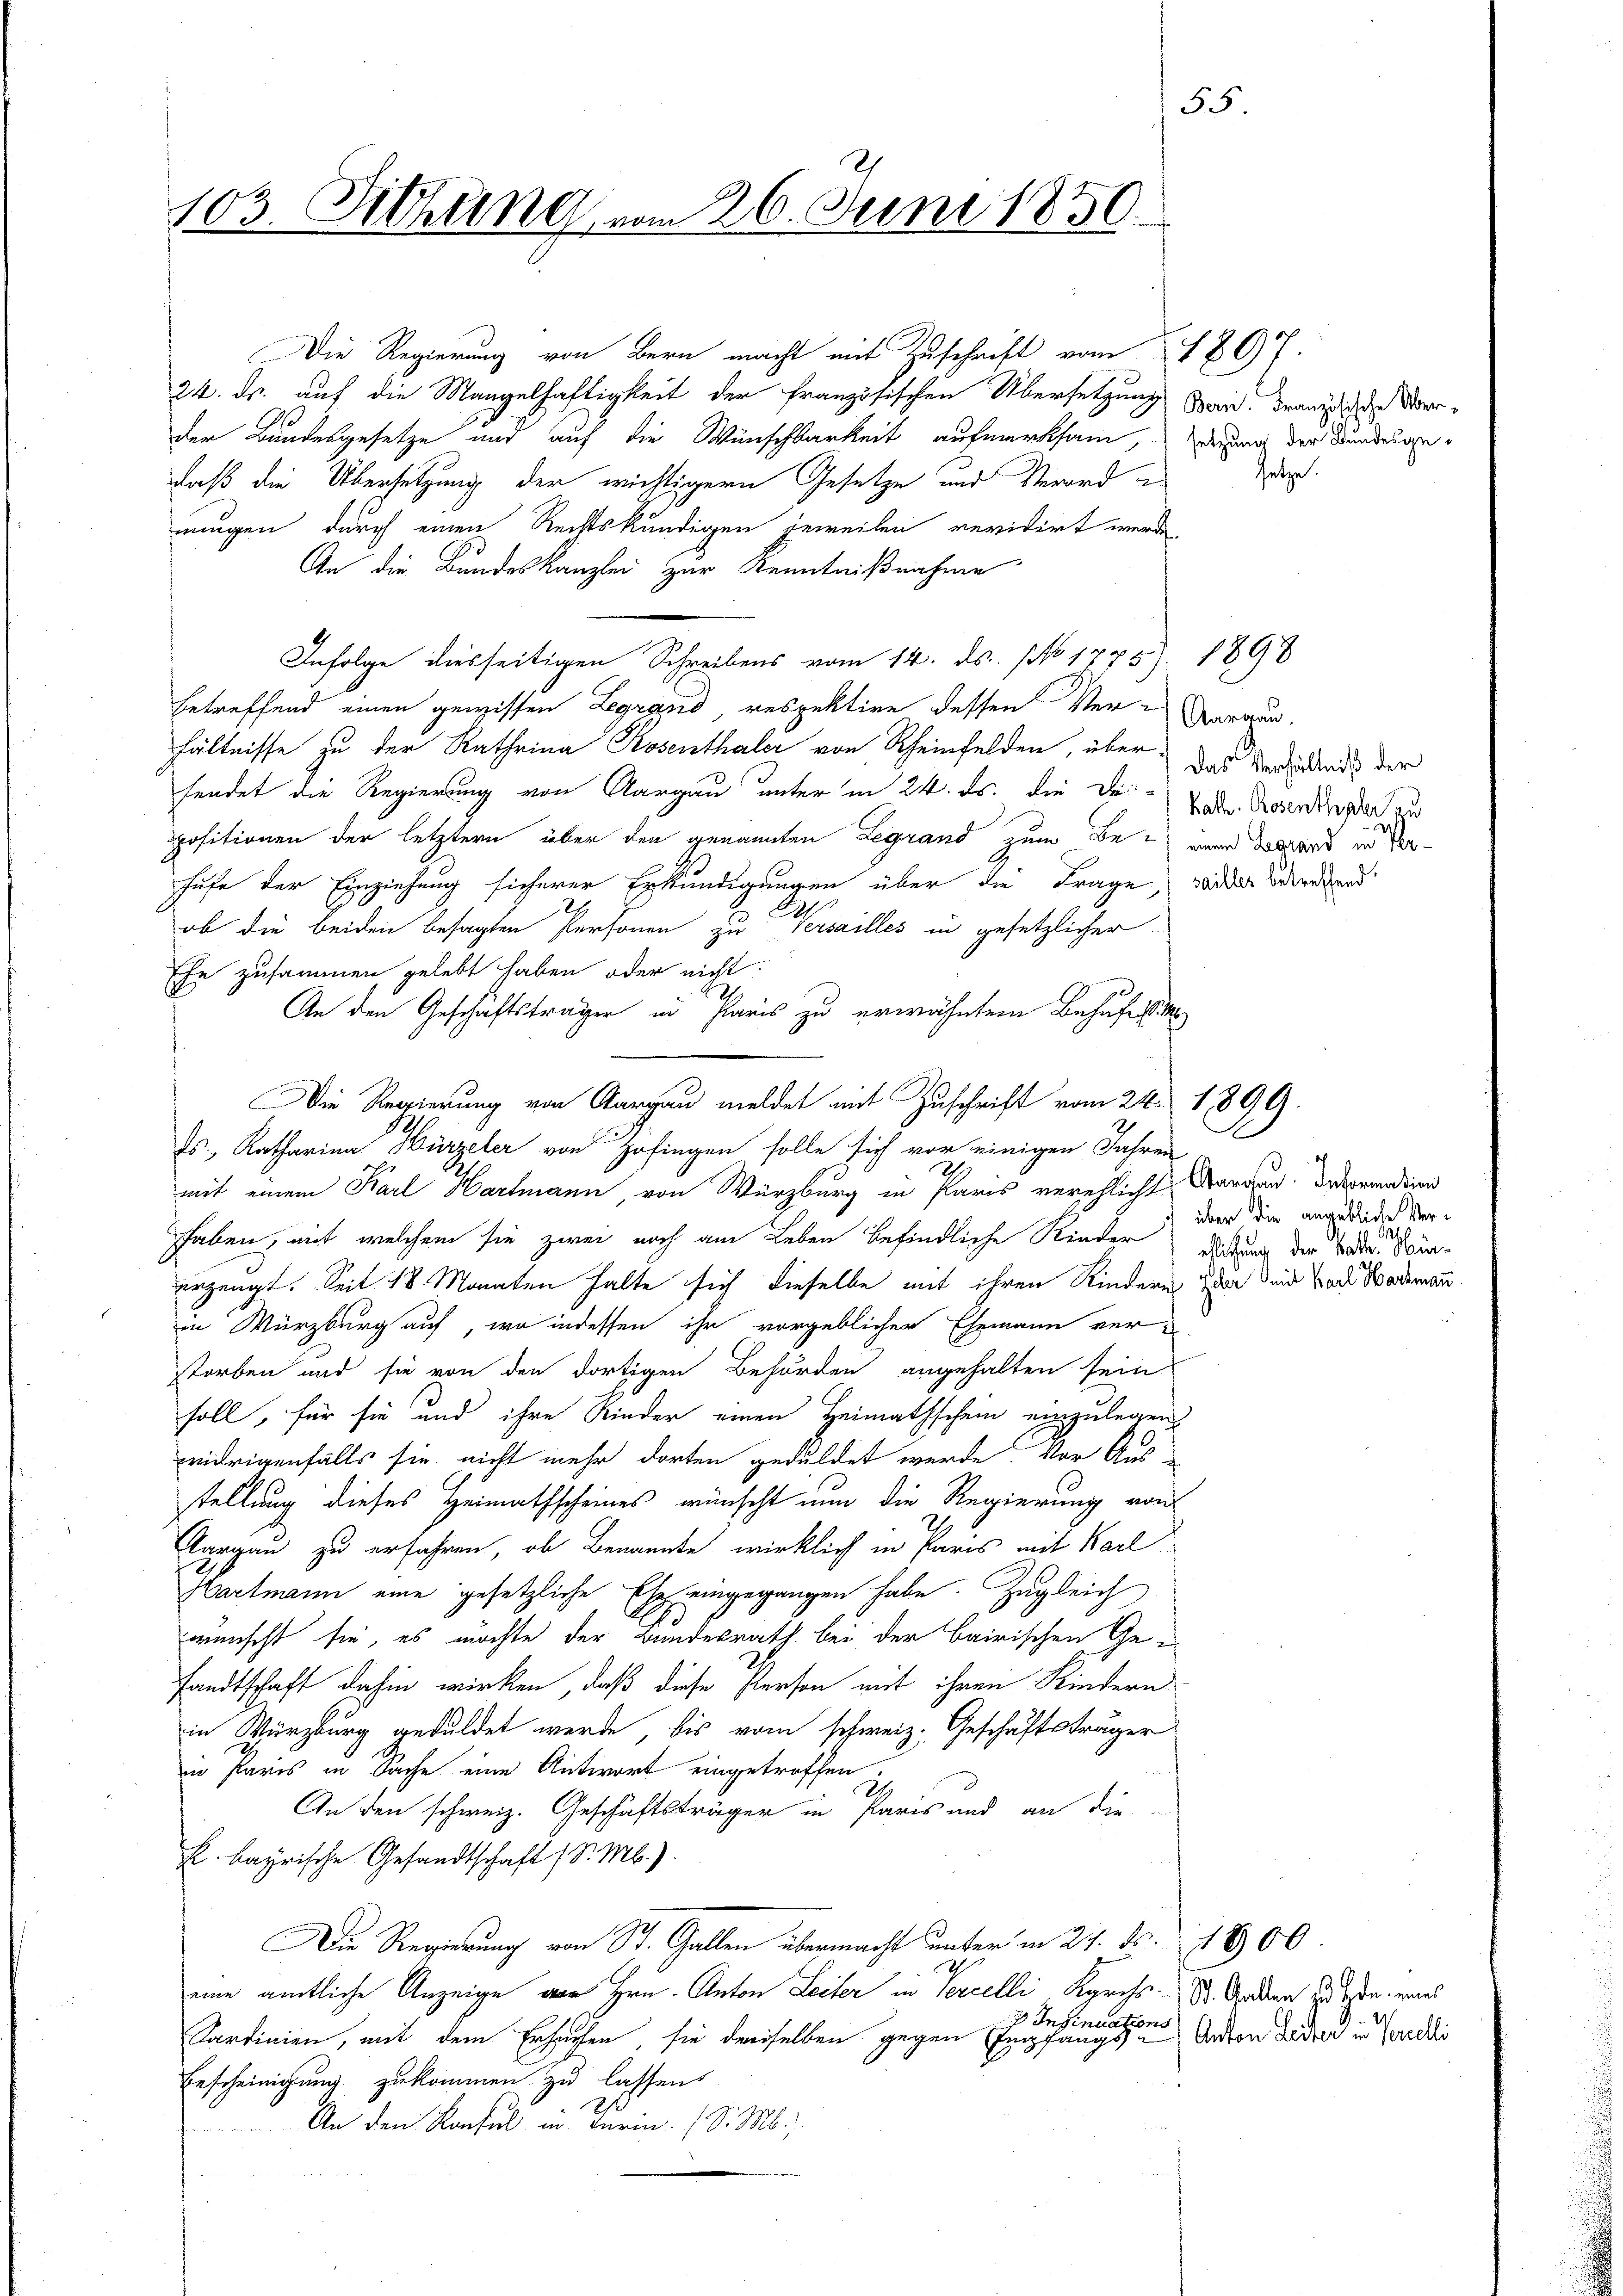
103. Sitzung vom 26. Juni 1850.

Die Regierung von Bern macht mit Zuschrift vom 1807.
24. ds. auf die Mangelhaftigkeit der Französischen Übersetzung Stand, Franzlich die Verder Bundesgesetze und auf die Wünschbarkeit aufmerksam, den der Bundesgedaß die Übersetzung der wichtigern Gesetze und Verordn
nungen durch einen Rechtskundigen jeweilen revidirt werde,
An die Bundeskanzlei zur Kenntnißnahme
Infolge diesseitigen Schreibens vom 14. ds. No 1775. 1890
betreffend einen gewissen Legrand respektive dessen Verhältnisse zu der Kathrina Rosenthaler von Rheinfelden, über das Verlebends der
hendet die Regierung von Aargau unter in 24. ds. die der Averdinger zu
positionen der letztern über den genannten Legrand zum Bei einer dasard in Verhufe der Einziehung sicherer Erkundigungen über die Frage, weder bedeckend
A
ob die beiden besagten Personen zu versailles in gesetzlicher
hr zusammen gelebt haben oder nicht
An den Geschäftsträger in Paris zu erwähnten Behufestim
Die Regierung von Aargau meldet mit Zuschrift vom 24. 1890
s., Katharina Hirzeler von Zofingen solle sich vor einigen Jahren
mit einem Karl Hartmann, von Würzburg in Paris verehlicht Margen. Deprenden
haben, auf welchem sie zwei noch am Leben befindliche Rieder
erzeugt. Seit 18 Monaten halte sich dieselbe mit ihren Kindern den sind Ende Wademann.
in Würzburg auf, wo indessen ihr vorgeblicher Ehemann ver-
storben und sie von den dortigen Behörden angehalten sein
soll, für sie und ihre Rinder einen Heimathschein einzulegen
widrigenfalls sie nicht mehr dorten geduldet werde. Vor Ausstellung dieses Heimathscheines wünscht nun die Regierung von
Aargau zu erfahren, ob Benannte wirklich in Paris mit Karl
Hartmann eine gesetzliche Ehe eingegangen habe. Zugleich
wünscht sie, es möchte der Bundesrath bei der bairischen Ge
sandtschaft dahin wirken, daß diese Person mit ihren Kindern
in Würzburg geduldet werde, bis vom schweiz. Geschäftsträger
in Paris in Sache eine Antwort eingetroffen.
U
An den schweiz. Geschäftsträger in Paris und an die
L. bayrische Gesandtschaft (S. M.).
Die Regierung von St. Gallen übermacht unter in 2. ds. 1800.
h
eine amtliche Anzeige von Hrn. Anton Leiter in Percelli Kgrchs- St. Golden zu den eines
3 Insinuations
Sardinien, mit dem Erhausen, sie derselben gegen Empfangs-
Bescheinigung zukommen zu lassen
An den Konsul in Turin. (S. M.).

setze.

Aargau.

über die angebliche Ver-
ellichung der Batten Win¬

Anton Leiter in Percelli